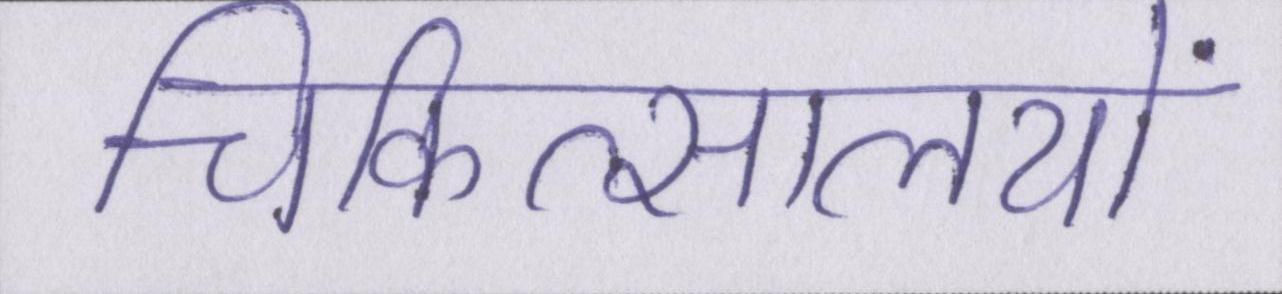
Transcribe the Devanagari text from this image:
चिकित्सालयों